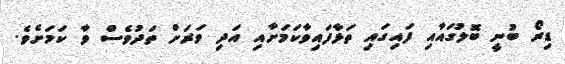
ޑިރޯ ބުނީ ބޮލުގައާއި ފައިގައި ތަޅާފައިވާކަމަށާއި އަދި ވަރަށް ތަދުވެެސް ވާ ކަމަށެވެ.